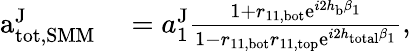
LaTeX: \begin{array}{rl}{\mathrm{a}_{\mathrm{tot,SMM}}^{\mathrm{J}}}&{{}=a_{1}^{\mathrm{J}}\frac{1+r_{11,\mathrm{bot}}\mathrm{e}^{i2h_{\mathrm{b}}\beta_{1}}}{1-r_{11,\mathrm{bot}}r_{11,\mathrm{top}}\mathrm{e}^{i2h_{\mathrm{total}}\beta_{1}}}}\end{array},